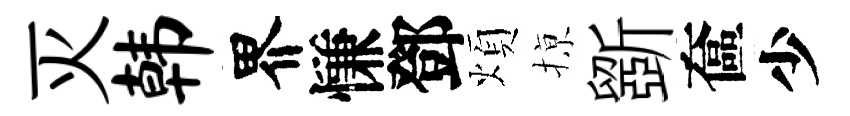
灭韩界慊鄧煩𢱊斵奩少